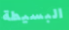
البسيطة